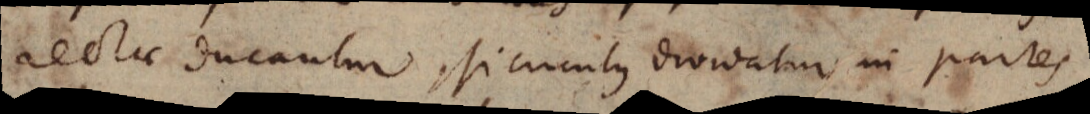
rectae ducantur si circulus dividatur in partes